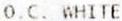
O.C. WHITE